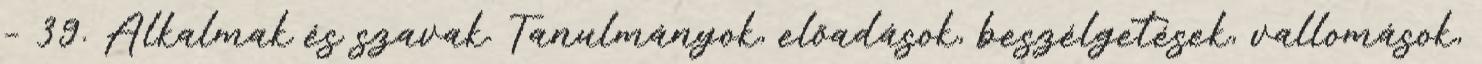
– 39. Alkalmak és szavak. Tanulmányok, előadások, beszélgetések, vallomások,